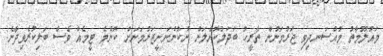
މައުލޫމާތު މުއްސަނދިވި ޖަރުމަނުން ތާރީހު ބަދަލުކޮށްލަން ނުކުންނަނީޖަރުމަނަށް ކޮންމެ ޓީމެއް ވެސް ބަލިކުރެވިދާނެ: